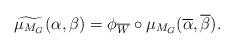
LaTeX: \begin{align*}\widetilde{\mu_{M_G}}(\alpha,\beta)=\phi_{\overline{W}} \circ \mu_{M_G}(\overline{\alpha}, \overline{\beta}).\end{align*}